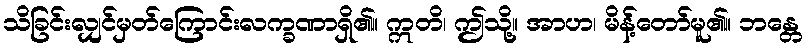
သိခြင်းလျှင်မှတ်ကြောင်းလက္ခဏာရှိ၏။ ဣတိ၊ ဤသို့။ အာဟ၊ မိန့်တော်မူ၏။ ဘန္တေ